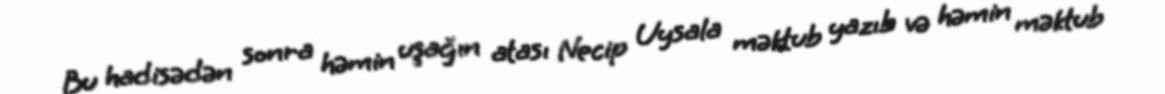
Bu hadisədən sonra həmin uşağın atası Necip Uysala məktub yazıb və həmin məktub